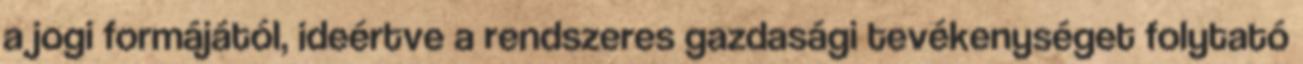
a jogi formájától, ideértve a rendszeres gazdasági tevékenységet folytató